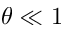
\theta \ll 1